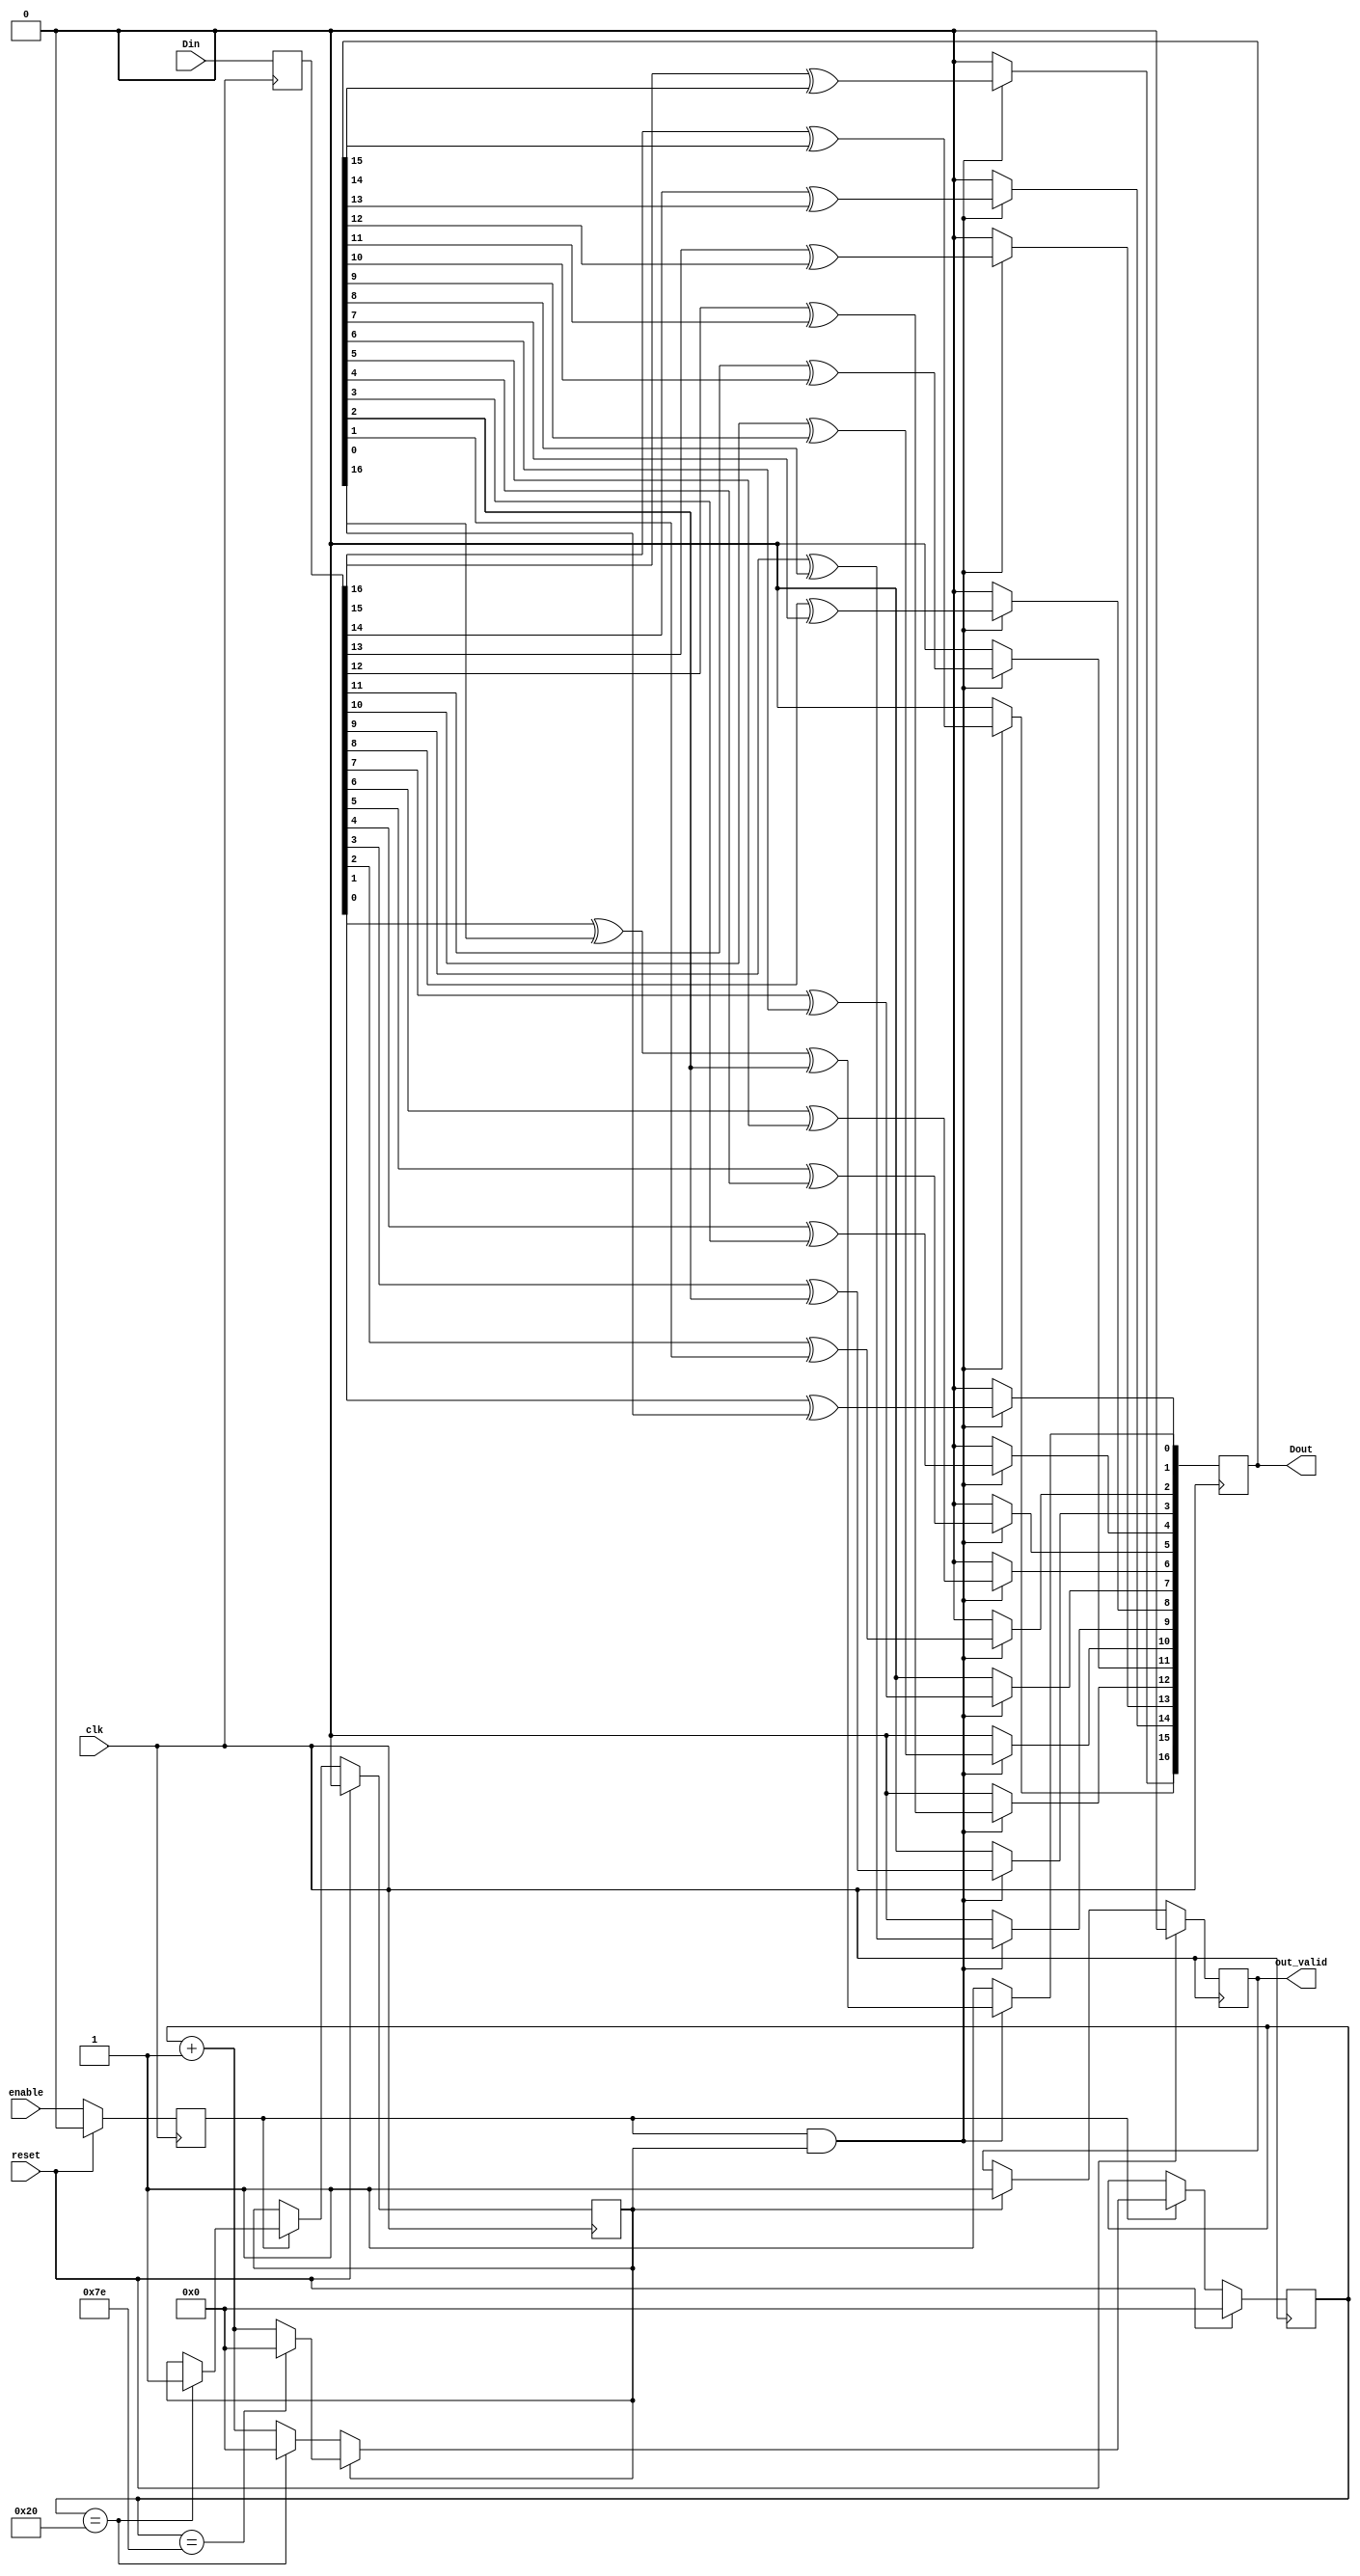
module MISR #
(
    parameter MISR_BIT = 17
)
(
    input  clk,
    input  reset,
    input  enable,
    input  [MISR_BIT-1:0]  Din,                // MISR input
    output reg out_valid,
    output reg [MISR_BIT-1:0]  Dout            // MISR output
);

// input
reg [MISR_BIT-1:0] Din_ff;
reg enable_ff;

// for MISR control
reg [7-1:0] cnt, cnt_n;
reg isFull, isFull_n;

// output
reg out_valid_n;
reg [MISR_BIT-1:0] Dout_n;

integer idx;
always @(posedge clk) begin
    if (reset) begin
        enable_ff <= 0;
        out_valid <= 0;
    end else begin
        enable_ff <= enable;
        out_valid <= out_valid_n;
    end
end

always @(posedge clk) begin
    // enable_ff <= enable;

    for (idx=0; idx<MISR_BIT; idx=idx+1) begin
        Dout[idx] <= Dout_n[idx];
    end

    for (idx=0; idx<MISR_BIT; idx=idx+1) begin
        Din_ff[idx] <= Din[idx];
    end
end

always @(*) begin
    // after all lsfr bits are shifted in and temporal compaction is done
    // out_valid_n = (isFull && cnt==126)? 1: out_valid;
    out_valid_n = (isFull)? 1: out_valid;

    // generate random patterns
    Dout_n[0] = 1;
    for (idx=1; idx<MISR_BIT; idx=idx+1) begin
        Dout_n[idx] = 0;
    end
    if (enable_ff && isFull) begin
        // parallelly feeding adder's results into MISR
        // perform temporal compression
        Dout_n[16] = Din_ff[16] ^ Dout[15];
        Dout_n[15] = Din_ff[15] ^ Dout[14];
        Dout_n[14] = Din_ff[14] ^ Dout[13];
        Dout_n[13] = Din_ff[13] ^ Dout[12];
        Dout_n[12] = Din_ff[12] ^ Dout[11];
        Dout_n[11] = Din_ff[11] ^ Dout[10];
        Dout_n[10] = Din_ff[10] ^ Dout[ 9];
        Dout_n[ 9] = Din_ff[ 9] ^ Dout[ 8];
        Dout_n[ 8] = Din_ff[ 8] ^ Dout[ 7];
        Dout_n[ 7] = Din_ff[ 7] ^ Dout[ 6];
        Dout_n[ 6] = Din_ff[ 6] ^ Dout[ 5];
        Dout_n[ 5] = Din_ff[ 5] ^ Dout[ 4];
        Dout_n[ 4] = Din_ff[ 4] ^ Dout[ 3];
        Dout_n[ 3] = Din_ff[ 3] ^ Dout[ 2];
        Dout_n[ 2] = Din_ff[ 2] ^ Dout[ 1];
        Dout_n[ 1] = Din_ff[ 1] ^ Dout[ 0];
        Dout_n[ 0] = Din_ff[ 0] ^ Dout[16] ^ Dout[2];
    end

end

always @(posedge clk) begin
    if(reset) begin
        isFull <= 0;
        cnt <= 0;
    end
    else begin
        isFull <= isFull_n;
        cnt <= cnt_n;
    end
end

always @(*) begin
    isFull_n = isFull;
    cnt_n = cnt;
    if(enable_ff) begin
        isFull_n = (cnt==32)? 1: isFull;

        if (isFull) begin
            cnt_n = (cnt==126)? 0: cnt + 1;
        end
        else begin
            cnt_n = (cnt==32)? 0: cnt + 1;
        end
    end
end

endmodule